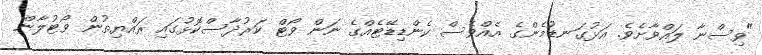
"ވިސްނާ ލައްވާށެވެ. އަޅުގަނޑުމެންގެ އެއްވެސް ކެންޑިޑޭޓެއްގެ ނަން ވޯޓް ކަރުދާސްކޮޅުގައި ރައްޔިތުން ވޯޓުލާން